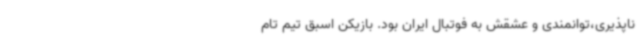
ناپذیری،توانمندی و عشقش به فوتبال ایران بود. بازیکن اسبق تیم تام